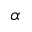
\alpha